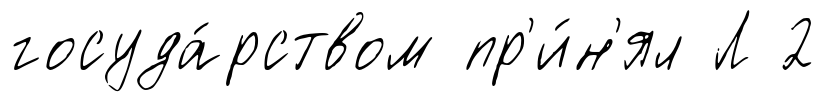
госуда́рством пр'и́н'ял Л 2